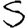
Digit: 5